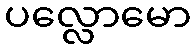
ပလ္လောမော